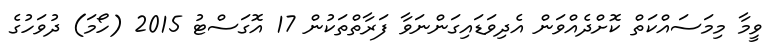
ވީމާ މިމަސައްކަތް ކޮށްދެއްވަން އެދިވަޑައިގަންނަވާ ފަރާތްތަކުން 17 އޮގަސްޓު 2015 (ހޯމަ) ދުވަހުގެ